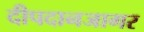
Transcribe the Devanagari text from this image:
दीपदानजागर